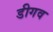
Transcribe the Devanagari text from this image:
डीगव